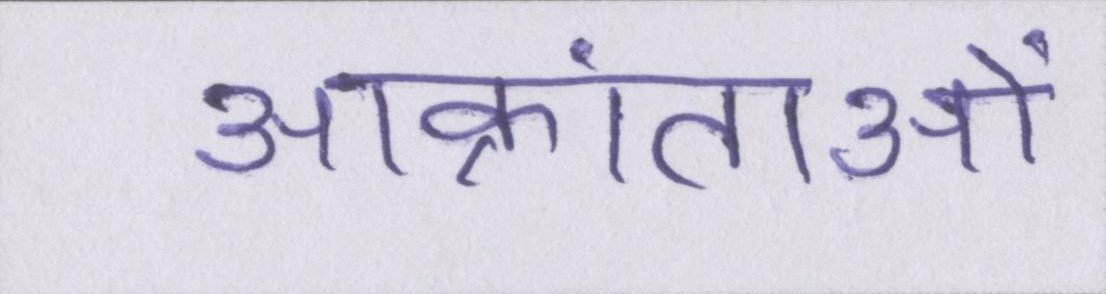
आक्रांताओं